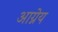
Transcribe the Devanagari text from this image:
अाग्नेय